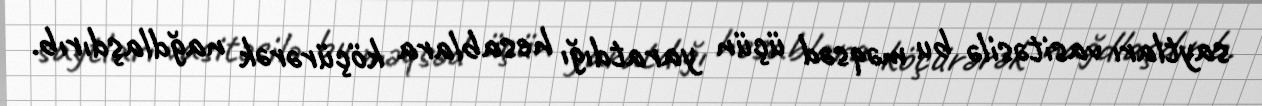
saytları vasitəsilə bu məqsəd üçün yaratdığı hesablara köçürərək nağdlaşdırıb.